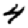
Digit: 4